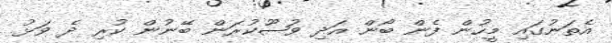
އެތަނުގައި މީހުން ފެން ބޯން އަދި ވުޟޫކުރަން ބޭނުން ކުރި ދެ ވަޅު